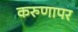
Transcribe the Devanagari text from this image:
करुणापर